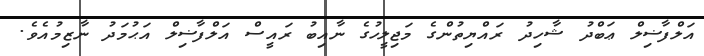
އަލްފާޟިލް ޢަބްދު ޝާހިދު ރައްޔިތުންގެ މަޖިލީހުގެ ނާއިބު ރައީސް އަލްފާޟިލް އަޙުމަދު ނާޒިމުއެވެ.